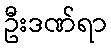
ဦးဒဏ်ရာ